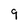
Character: 9